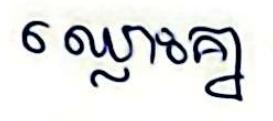
ឈ្លោះគ្នា